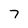
Character: 7